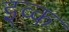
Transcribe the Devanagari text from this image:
इव्क